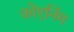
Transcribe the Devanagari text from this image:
कोएनिंग